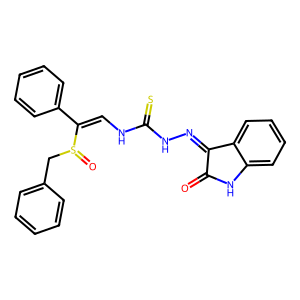
SMILES: O=C1Nc2ccccc2C1=NNC(=S)NC=C(c1ccccc1)S(=O)Cc1ccccc1
Inhibits HIV replication: No